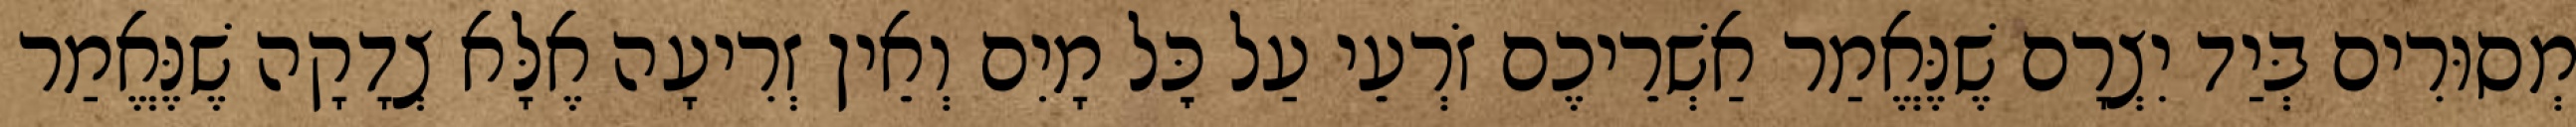
מְסוּרִים בְּיַד יִצְרָם שֶׁנֶּאֱמַר אַשְׁרֵיכֶם זֹרְעֵי עַל כׇּל מָיִם וְאֵין זְרִיעָה אֶלָּא צְדָקָה שֶׁנֶּאֱמַר